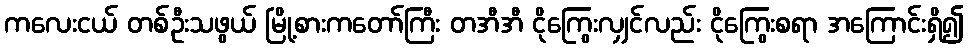
ကလေးငယ် တစ်ဦးသဖွယ် မြို့စားကတော်ကြီး တအီအီ ငိုကြွေးလျှင်လည်း ငိုကြွေးစရာ အကြောင်းရှိ၍